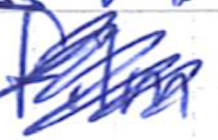
Text: film
Cross-out: scratch
Writing tool: ballpoint